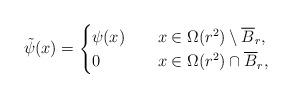
LaTeX: \begin{align*}\tilde \psi (x) = \begin{cases}\psi (x) \ \ \ & x \in \Omega (r^2) \setminus \overline B_r, \\0 \ \ \ & x \in \Omega (r^2) \cap \overline B_r, \end{cases}\end{align*}